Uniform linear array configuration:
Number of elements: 24
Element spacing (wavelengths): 0.75
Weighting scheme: hann
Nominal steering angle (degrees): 15
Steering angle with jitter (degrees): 16.176
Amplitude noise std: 0.05
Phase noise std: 0.05

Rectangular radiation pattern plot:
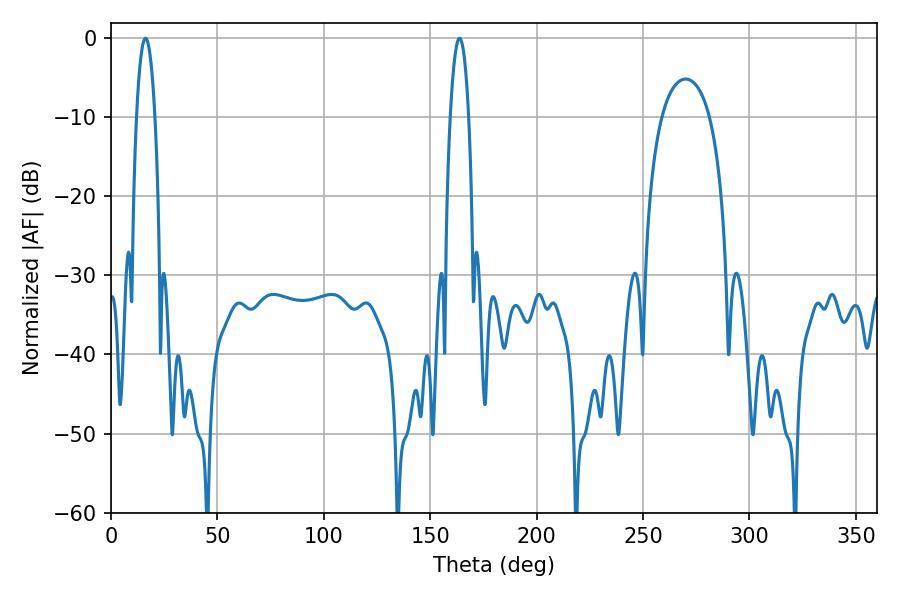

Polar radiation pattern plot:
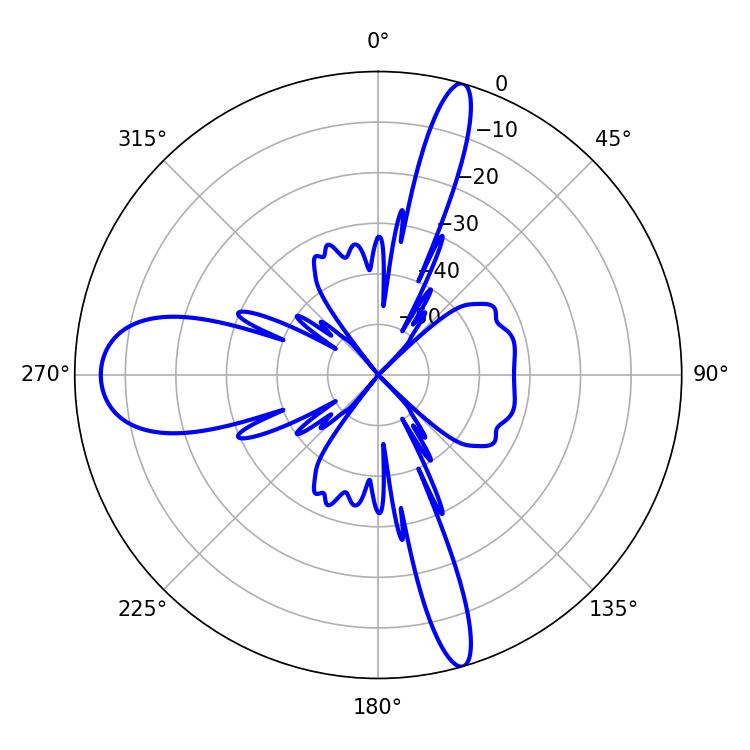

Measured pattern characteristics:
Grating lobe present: TRUE
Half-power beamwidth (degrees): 4.86
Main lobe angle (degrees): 16.2